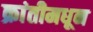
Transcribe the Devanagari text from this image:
क्रांतीमधून